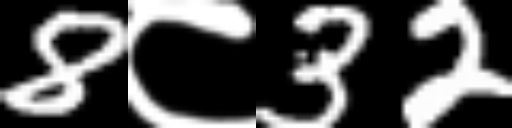
Text: 8८32